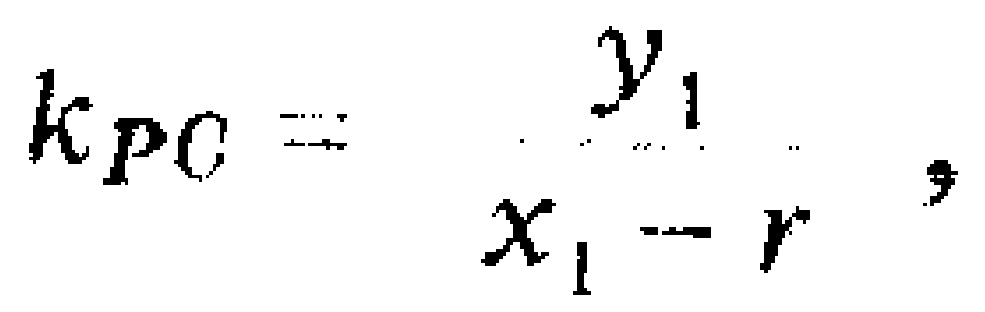
\[k_{PC}=\frac{y_{1}}{x_{1}-r},\]